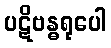
ပဋိဗန္ဓရုပေါ